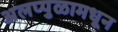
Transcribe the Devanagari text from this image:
अलप्पुळामधून